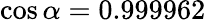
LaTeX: \cos\alpha=0.999962